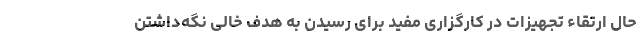
حال ارتقاء تجهیزات در کارگزاری مفید برای رسیدن به هدف خالی نگه‌داشتن